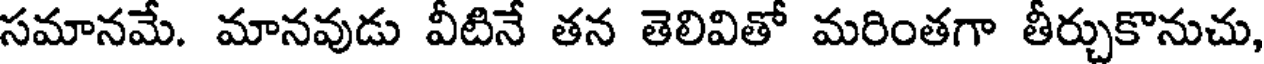
సమానమే. మానవుడు వీటినే తన తెలివితో మరింతగా తీర్చుకొనుచు,